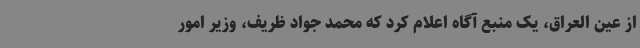
از عین العراق، یک منبع آگاه اعلام کرد که محمد جواد ظریف، وزیر امور